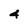
Character: 4